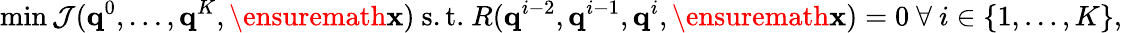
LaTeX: \operatorname*{min}\mathcal{J}(\mathbf{q}^{0},\dots,\mathbf{q}^{K},\ensuremath{\mathbf{x}})\ \mathrm{s.t.}\ R(\mathbf{q}^{i-2},\mathbf{q}^{i-1},\mathbf{q}^{i},\ensuremath{\mathbf{x}})=0\ \forall\ i\in\{ 1,\dots,K\} ,